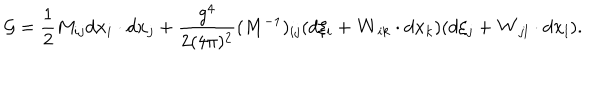
{ \cal G } = \frac { 1 } { 2 } M _ { i j } d { \bf x } _ { i } \cdot d { \bf x } _ { j } + \frac { g ^ { 4 } } { 2 ( 4 \pi ) ^ { 2 } } ( M ^ { - 1 } ) _ { i j } ( d \xi _ { i } + { \bf W } _ { i k } \cdot d { \bf x } _ { k } ) ( d \xi _ { j } + { \bf W } _ { j l } \cdot d { \bf x } _ { l } ) .